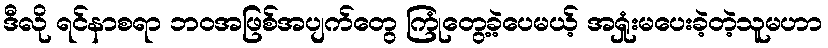
ဒီလို ရင်နာစရာ ဘဝအဖြစ်အပျက်တွေ ကြုံတွေ့ခဲ့ပေမယ့် အရှုံးမပေးခဲ့တဲ့သူမဟာ